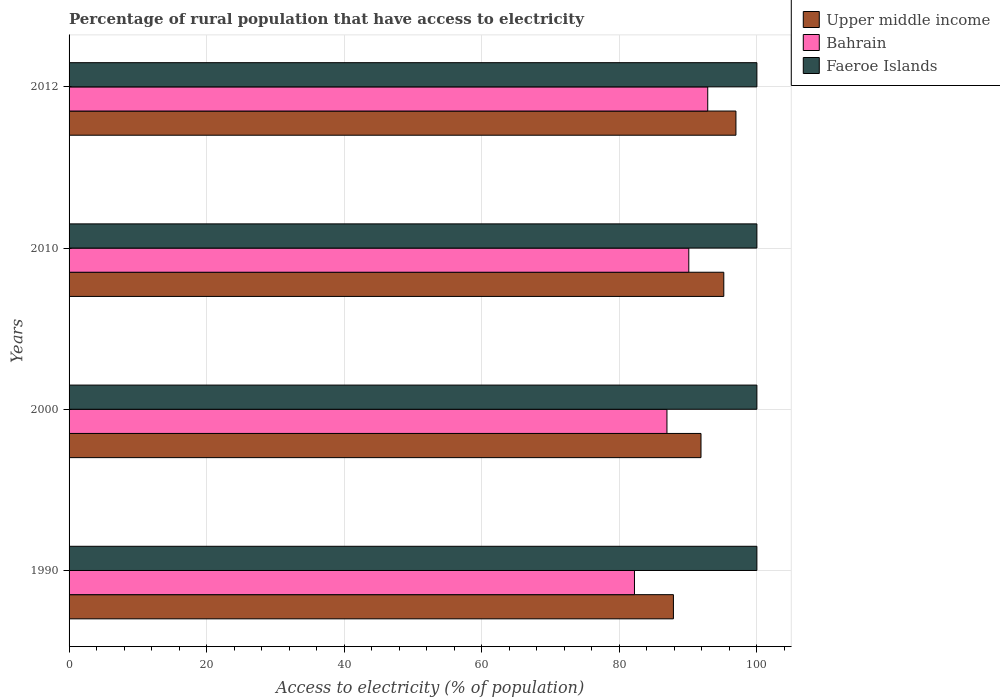
| Years | Upper middle income | Bahrain | Faeroe Islands |
 | --- | --- | --- | --- |
 | 1990 | 87.9 | 82.2 | 100 |
 | 2000 | 91.9 | 86.9 | 100 |
 | 2010 | 95.2 | 90.1 | 100 |
 | 2012 | 97 | 92.9 | 100 |